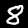
Label: 8